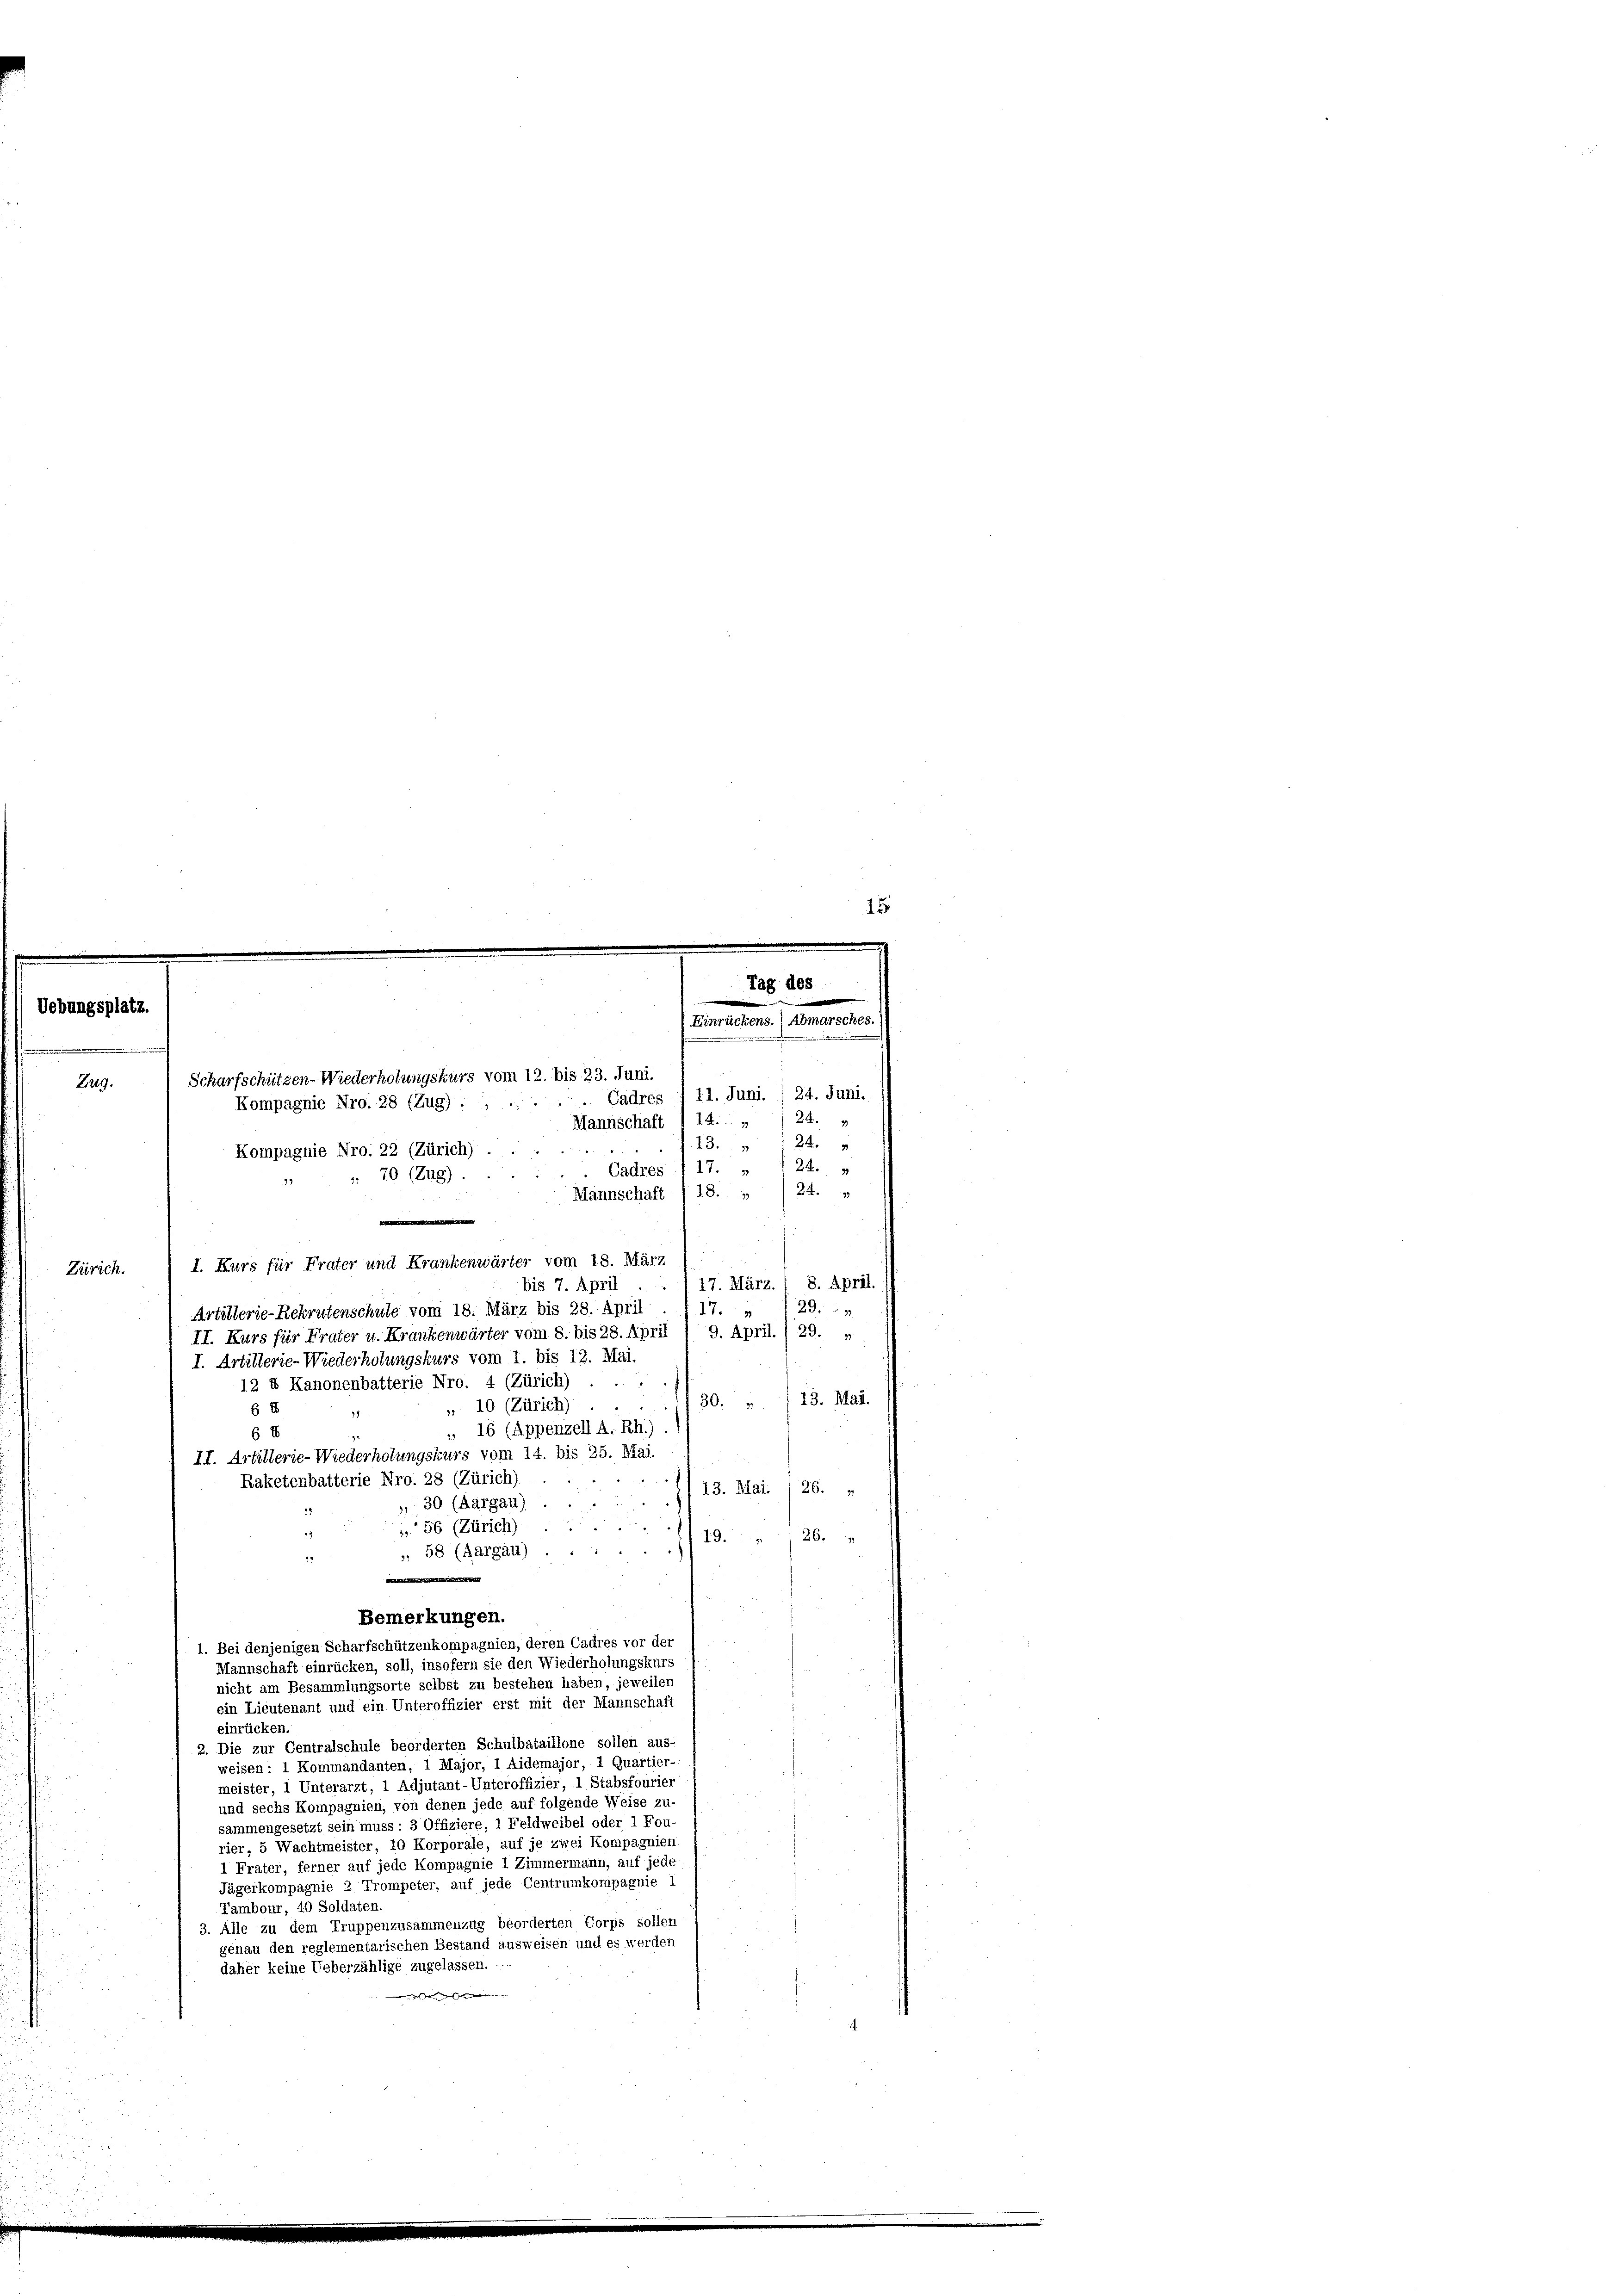
Uebungsplatz.

Zürich.

n
Scharfschützen-Wiederholungskurs vom 12. bis 23. Juni.
19.
24
249
Cadres I 17. »
" 70 (Zug).
24.
18.
Mannschaft
17. März. / 8. April.
bis 7. April
29.
17.
II. Kurs für Frater u. Krankenwärter vom 8. bis 28. April ( 9. April. ) 29. „
.
13. Mai.
30.
„ 16 (Appenzell A. Rh.).
13. Mai. / 26. „
19. 126.
 58 (Aargau) .
.
Bemerkungen.
1. Bei denjenigen Scharfschützenkompagnien, deren Cadres vor der
Mannschaft einrücken, soll, insofern sie den Wiederholungskurs
nicht am Besammlungsorte selbst zu bestehen haben, jeweilen
ein Lieutenant und ein Unteroffizier erst mit der Mannschaft
einrücken.
2. Die zur Centralschule beorderten Schulbataillone sollen aus-
weisen: 1 Kommandanten, 1 Major, 1 Aidemajor, 1 Quartier-
meister, 1 Unterarzt, 1 Adjutant-Unteroffizier, 1 Stabsfourier
und sechs Kompagnien, von denen jede auf folgende Weise zu-
sammengesetzt sein muss : 3 Offiziere, 1 Feldweibel oder 1 Fou-
rier, 5 Wachtmeister, 10 Korporale, auf je zwei Kompagnien
1 Frater, ferner auf jede Kompagnie 1 Zimmermann, auf jede
Jägerkompagnie 2 Trompeter, auf jede Centrumkompagnie 1
Tambour, 40 Soldaten
3. Alle zu dem Truppenzusammenzug beorderten Corps sollen
genau den reglementarischen Bestand ausweisen und es werden
daher keine Ueberzählige zugelassen.

Kompagnie Nro. 28 (Zug) .....
Kompagnie Nro 22 (Zürich)

I. Kurs für Frater und Krankenwärter vom 18. März
Artillerie-Rekrutenschule vom 18. März bis 28. April
I. Artillerie-Wiederholungskurs vom 1. bis 12. Mai.
12 & Kanonenbatterie Nro. 4 (Zürich)
 10 (Zürich)
6
11
6 1
II. Artillerie-Wiederholungskurs vom 14. bis 25. Mai
Raketenbatterie Nro. 28 (Zürich)
30 (Aargau)
». 56 (Zürich) ...

.

Tag d
Einrückens.) A
Cadres § 11. Juni. / 24. Juni.
Mannschaft I 14. „ 1 24. v
13.